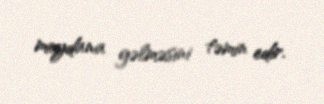
meydana gəlməsini təmin edir.